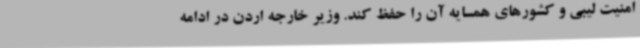
امنیت لیبی و کشورهای همسایه آن را حفظ کند. وزیر خارجه اردن در ادامه